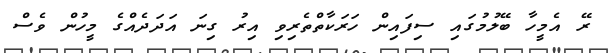
ރޭ އެމީހާ ބޭލުމުގައި ސިފައިން ހަރަކާތްތެރިވި އިރު ގިނަ އަދަދެއްގެ މީހުން ވެސް